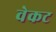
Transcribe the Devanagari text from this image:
वेकट